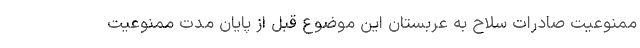
ممنوعیت صادرات سلاح به عربستان این موضوع قبل از پایان مدت ممنوعیت